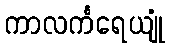
ကာလင်္ကရေယျုံ